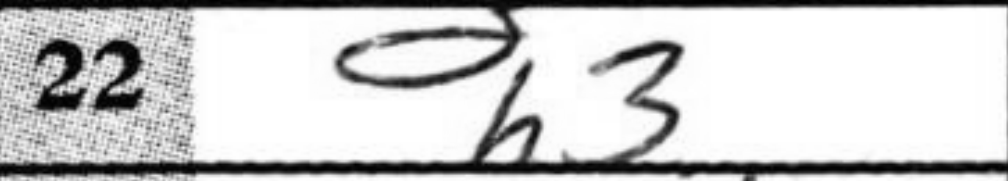
Transcription: h3